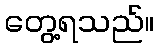
တွေ့ရသည်။